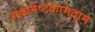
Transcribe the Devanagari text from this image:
सकलेष्टकामदाम